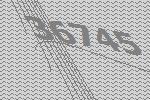
36745